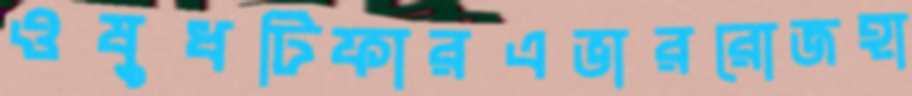
ওষুধটিফারএভাররোজহা